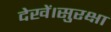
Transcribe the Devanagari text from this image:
देखें।सुरक्षा